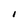
Character: I